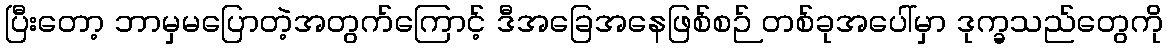
ပြီးတော့ ဘာမှမပြောတဲ့အတွက်ကြောင့် ဒီအခြေအနေဖြစ်စဉ် တစ်ခုအပေါ်မှာ ဒုက္ခသည်တွေကို